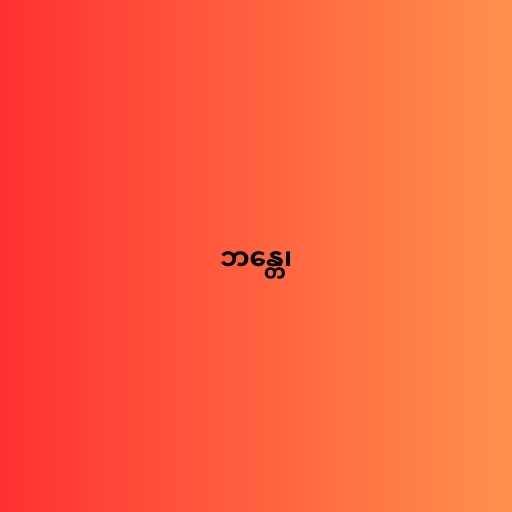
ဘန္တေ၊